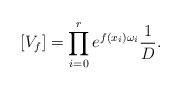
\begin{align*}[V_f] = \prod_{i=0}^r e^{f(x_i) \omega_i} \frac{1}{D}.\end{align*}